Annual administration report of the Civil Veterinary Department of India - 1895-1896
Year: 1895
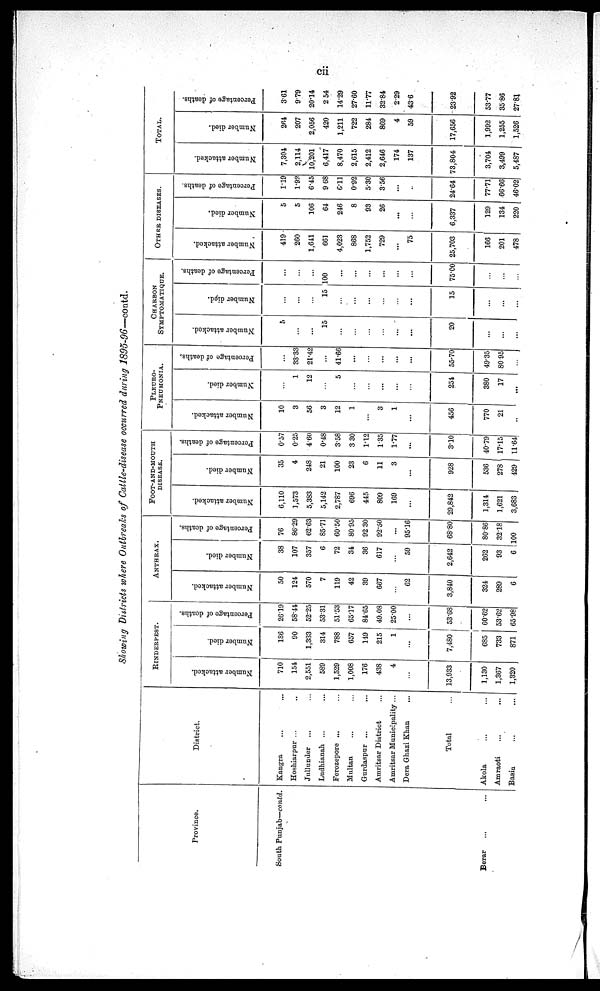
cii
Showing Districts where Outbreaks of Cattle-disease occurred during 1895-96—contd.
Province.
South Punjab—contd.
Berar ... ...
District.
Kangra ... ...
Hoshiarpur ... ...
Jullunder ... ...
Ludhianah ... ...
Ferozepore ... ...
Multan
Gurdaspur ... ...
Amritsar District ... ...
Amritsar Municipality ... ... ...
Dera Ghazi Khan ... ...
Total ...
Akola ... ...
Amraoti
...
...
Basin ... ...
RINDERPEST.
Number attacked.
710
154
2,551
589
1,529
1,008
176
438
4
...
13,933
1,130
1,367
1,320
Number died.
186
90
1,333
314
788
657
1.19
215
1
...
7,480
685
733
871
Percentage of deaths.
26.19
58.44
52.25
53.31
51.53
65.17
84.65
49.08
25.00
...
53.68
60.62
53.62
65.98
ANTHRAX.
Number attacked.
50
124
570
7
119
42
39
667
...
62
3,840
324
289
6
Number died.
38
107
357
6
72
34
36
617
...
59
2,642
262
93
6
Percentage of deaths.
76
86.29
62.63
85.71
60.50
80.95
92.30
92.50
...
95.16
68.80
80.86
32.18
100
FOOT-AND-MOUTH
DISEASE.
PNEUMONIA.
Number attacked.
6,110
1,573
5,383
5,142
2,787
696
445
809
169
...
29,842
1,314
1,621
3,683
Number died.
35
4
248
21
100
23
6
11
3
...
928
536
278
429
Percentage of deaths.
0.57
0.25
4.60
0.48
3.58
3.30
1.12
1.35
1.77
...
3.10
40.79
17.15
11.64
PLEURO-
PNEUMONIA.
Number attacked.
10
3
56
3
12
1
...
3
1
...
456
770
21
..
Number died.
...
1
12
...
5
...
...
...
...
...
254
380
17
...
Percentage of deaths,
...
33.33
21.42
...
41.66
...
...
...
...
...
55.70
49.35
80.95
...
CHARBON
SYMPTO-MATIQUE.
Number attacked.
5
...
...
15
...
...
...
...
...
...
20
...
...
...
Number died.
...
...
...
15
...
...
...
...
...
...
15
...
...
Percentage of deaths.
...
...
100
...
...
...
...
...
...
75.00
...
...
...
OTHER DISEASES.
Number attacked.
419
260
1,641
661
4,023
868
1,752
729
...
75
25,703
166
201
478
Number died.
5
5
106
64
246
8
93
26
...
...
6,337
129
134
220
Percentage of deaths.
1.19
1.92
6.45
9 68
6.11
0.92
5.30
3.56
...
...
24.64
77.71
66.66
46.02
TOTAL.
Number attacked.
7,304
2,114
10,201
6,417
8,470
2,615
2,412
2,646
174
137
73,804
3,704
3,499
5,487
Number died.
264
207
2,056
420
1,211
722
284
869
4
59
17,656
1,992
1,255
1,526
Percentage of deaths.
3.61
9.79
20.14
2 54
14.29
27.60
11.77
32.84
2.29
436
23.92
53.77
3586
27.81